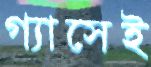
গ্যাসেই